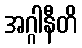
အဂ္ဂါနီတိ